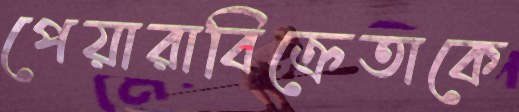
পেয়ারাবিক্রেতাকে